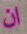
ان